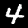
Label: 4